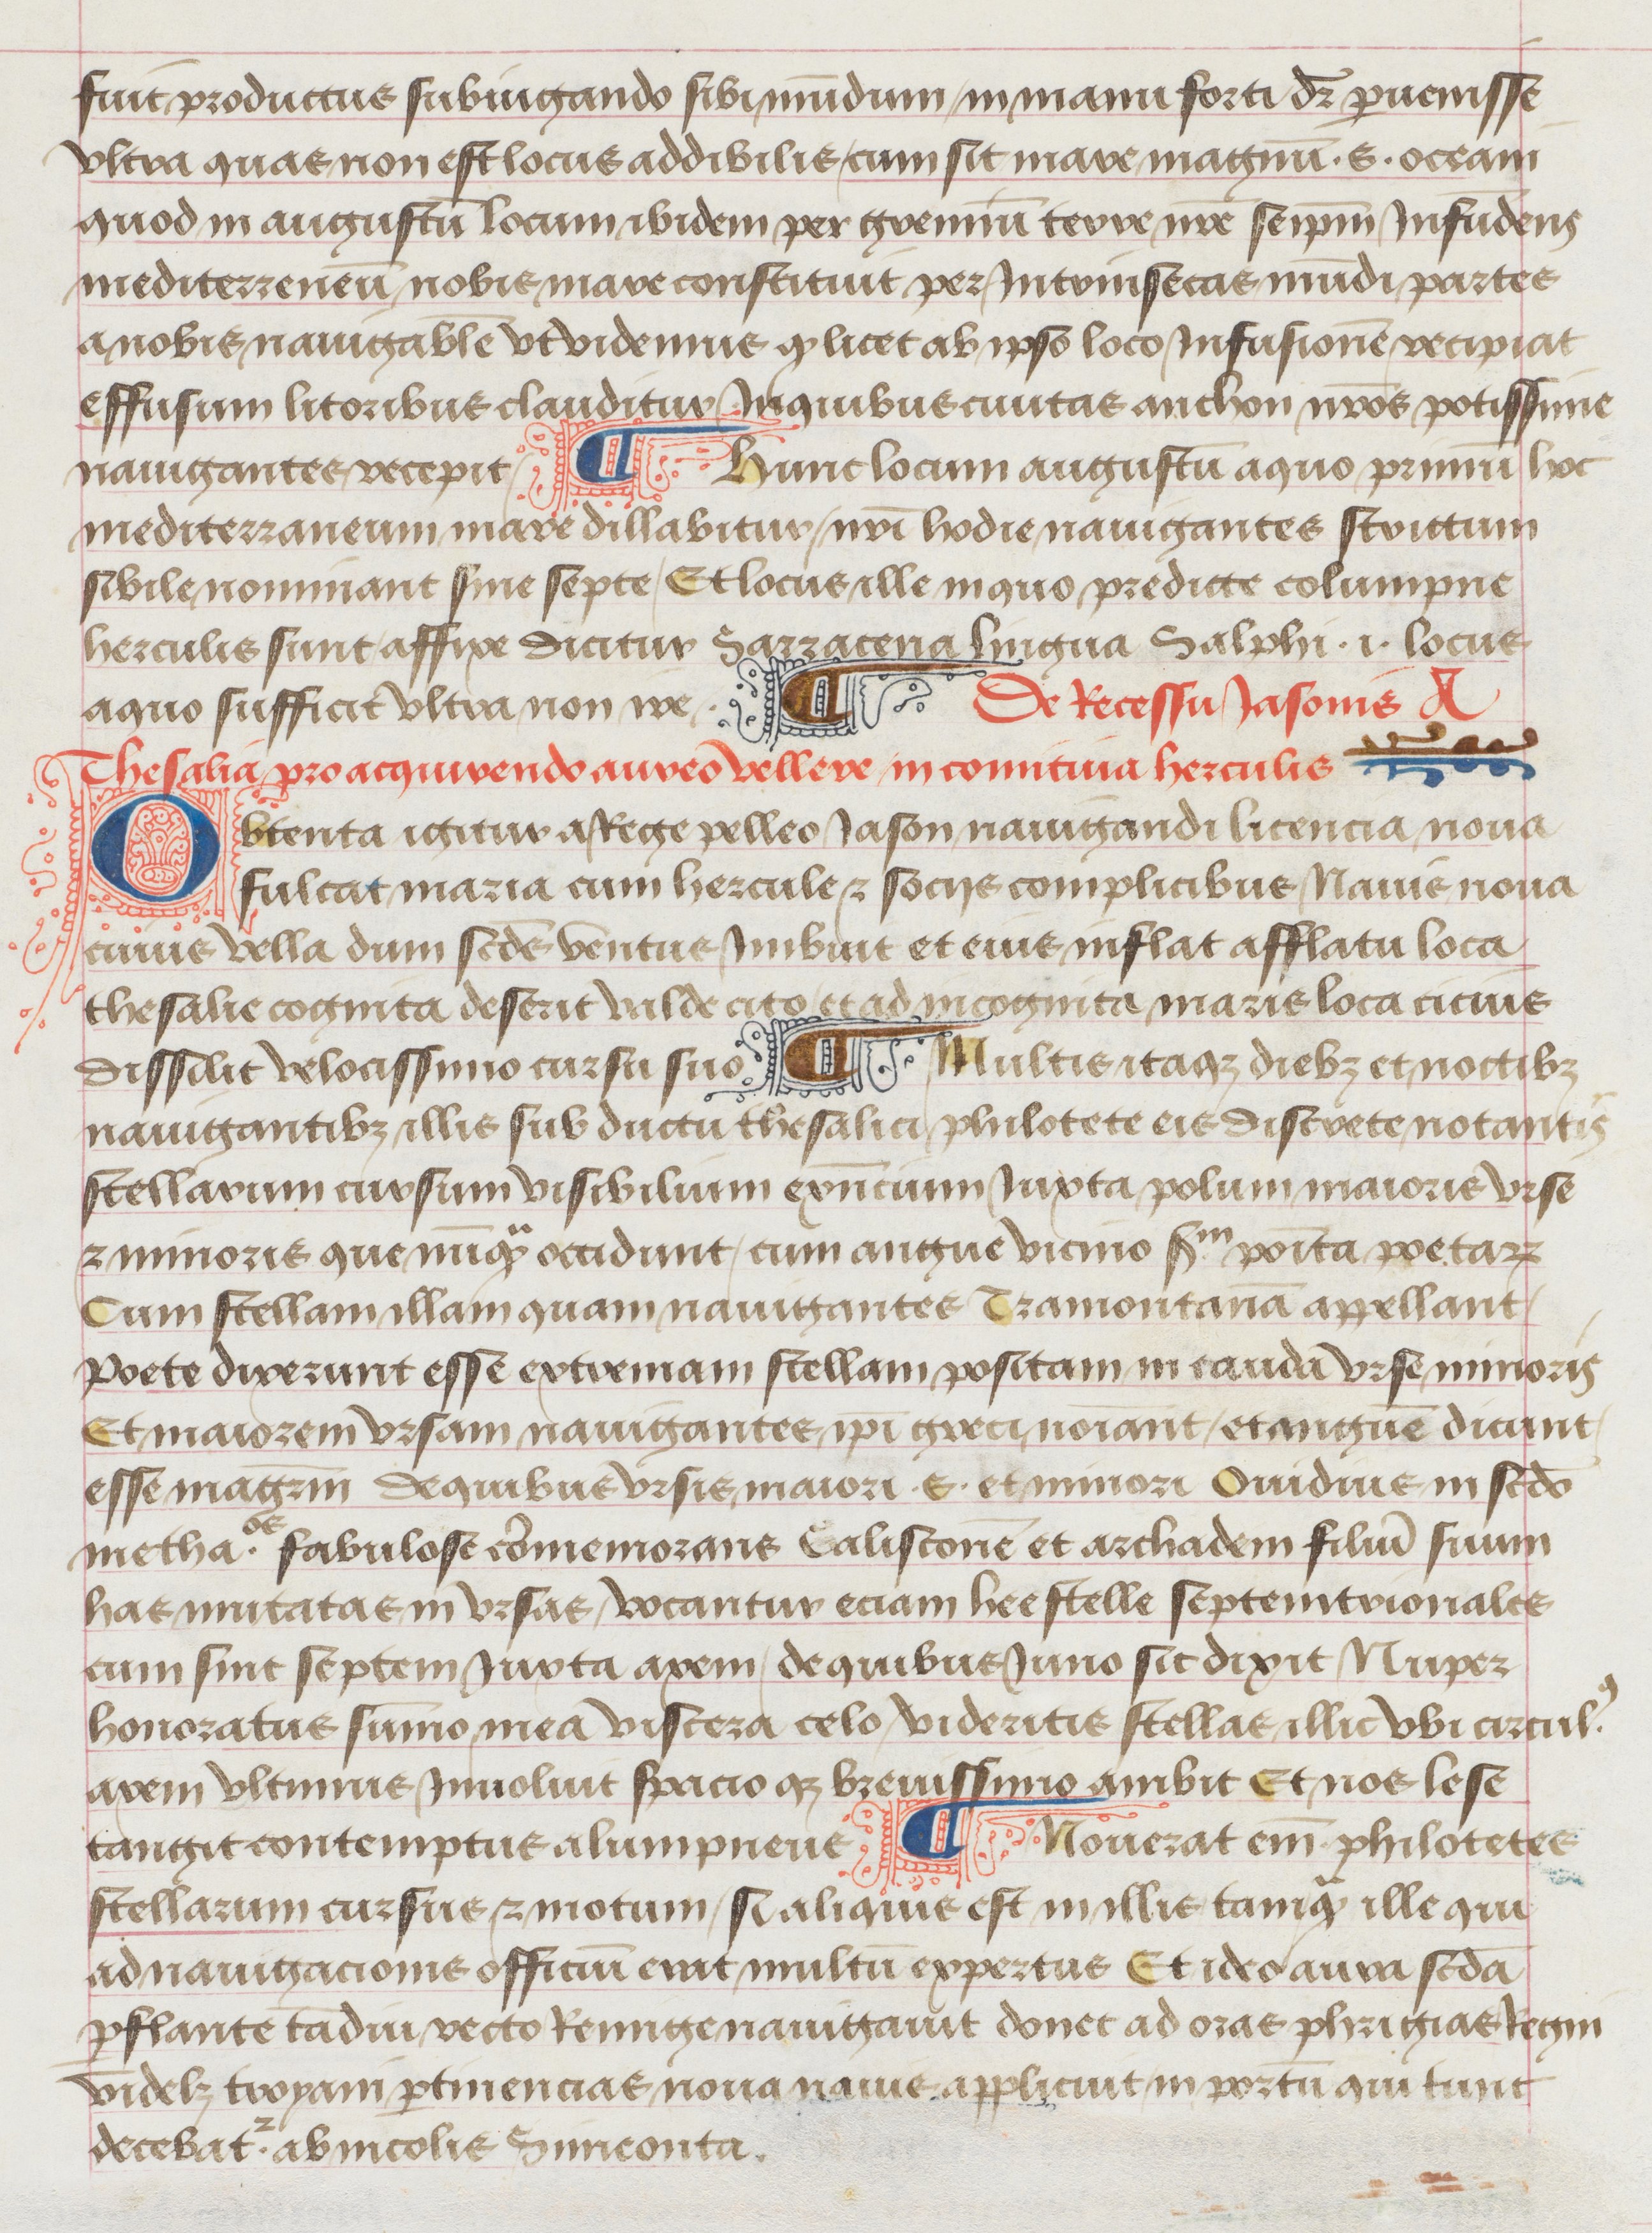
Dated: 1475–1499